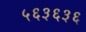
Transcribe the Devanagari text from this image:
५६३६३६